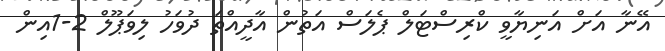
އޭނާ އަށް އަނިޔާވީ ކްރިސްޓަލް ޕެލަސް އަތުން އާދީއްތަ ދުވަހު ލިވަޕޫލް 2-1އިން